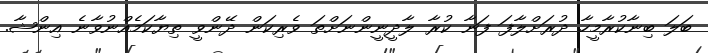
ބަލަ ބިނާކުރާމީހާ ދުރަށްލާފަ ފަނާ ކުރާ ލާދީނީންނަށްތަ ވެރިކަން ދޭންވީ ތިޔާކަމެއްނުވާނެ އިންޝާ.